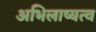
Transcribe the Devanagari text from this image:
अभिलाष्यत्व